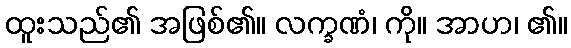
ထူးသည်၏ အဖြစ်၏။ လက္ခဏံ၊ ကို။ အာဟ၊ ၏။